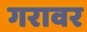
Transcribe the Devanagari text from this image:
गरावर